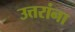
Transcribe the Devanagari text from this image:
उत्तरांना